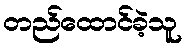
တည်ထောင်ခဲ့သူ